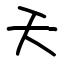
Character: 夭